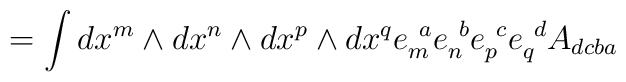
= \int dx^m\wedge dx^n\wedge dx^p\wedge dx^q e_m^{\ a} e_n^{\ b} e_p^{\ c} e_q^{\ d} A_{dcba}